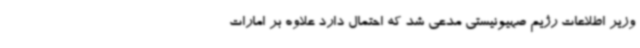
وزیر اطلاعات رژیم صهیونیستی مدعی شد که احتمال دارد علاوه بر امارات